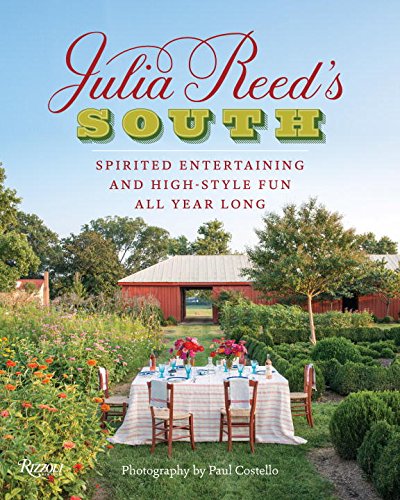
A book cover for Julia Reed's South: Spirited Entertaining and High-Style Fun All Year Long; Julia Reed; Cookbooks, Food & Wine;